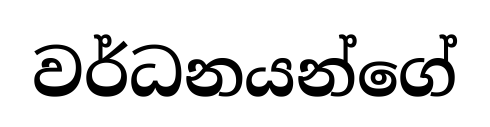
වර්ධනයන්ගේ